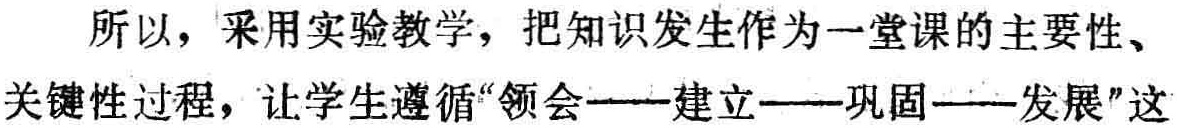
所以，采用实验教学，把知识发生作为一堂课的主要性、关键性过程，让学生遵循“领会——建立——巩固——发展”这